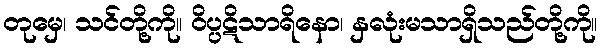
တုမှေ၊ သင်တို့ကို။ ဝိပ္ပဋိသာရိနော၊ နှလုံးမသာရှိသည်တို့ကို။